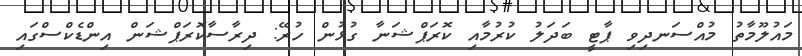
މައުލޫމާތު މުއްސަނދިވި ޕާޓީ ބަދަލު ކުރުމާއި ކޮރަޕްޝަނާ ގުޅުން ހުރޭ: ދިރާސާކޮރަޕްޝަން އިންޑެކްސްގައި